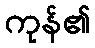
ကုန်၏